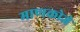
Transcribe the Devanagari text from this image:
माणकोजे